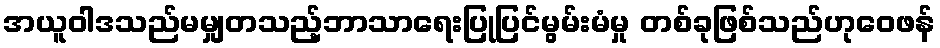
အယူဝါဒသည်မမျှတသည့်ဘာသာရေးပြုပြင်မွမ်းမံမှု တစ်ခုဖြစ်သည်ဟုဝေဖန်